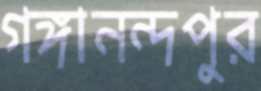
গঙ্গানন্দপুর